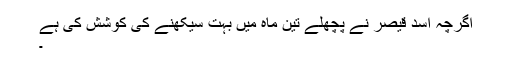
اگرچہ اسد قیصر نے پچھلے تین ماہ میں بہت سیکھنے کی کوشش کی ہے
۔